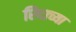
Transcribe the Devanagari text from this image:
रिदाच्या